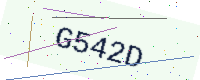
Text: G542D